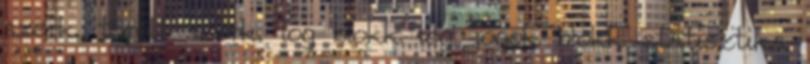
szerk. törölt szerk. log blokk log jogok blokk statisztika